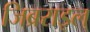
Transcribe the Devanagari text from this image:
जिब्रराइल्